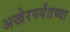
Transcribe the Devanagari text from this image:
अखेरपर्यंतच्या